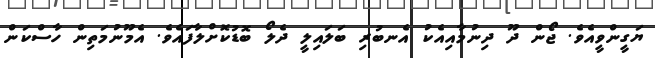
ޔަގީންވީއެވެ. ޖޯން ދޫ ދިނުމާއިއެކު އެނބުރި ބަލައިލީ ދެލޯ ބޮޑުކޮށްލާފައެވެ. އެމޫނުމަތިން ހާސްކަން